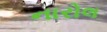
નારોલ